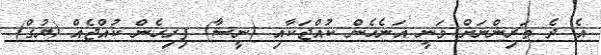
އެ ދެ ތަރިންނަށް ވަނީ އަނެހެން ކުއްޖަކާއި (ނީސާ) ފިރިހެން ކުއްޖެއް (ޔުގް)